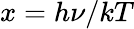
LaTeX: x=h\nu/kT